Report of the King Institute of Preventive Medicine, Guindy
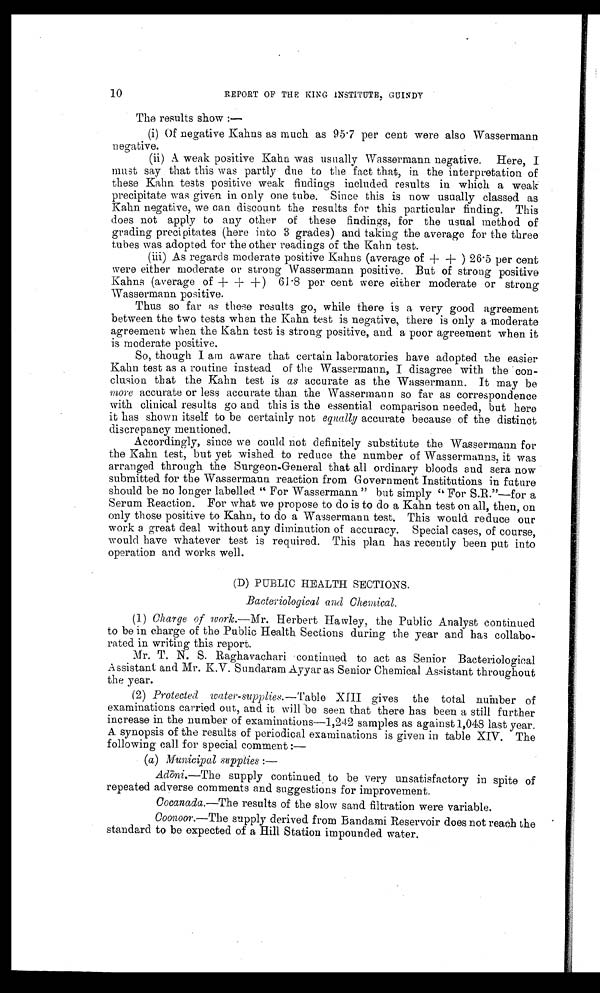
10
REPORT OF THE KING INSTITUTE GUINDY
The results show :—
(i) Of negative Kahns as much as 95.7 per cent were also Wassermann
negative.
(ii) A weak positive Kahn was usually Wassermann negative. Here, I
must say that this was partly due to the fact that, in the interpretation of
these Kahn tests positive weak findings included results in which a weak
precipitate was given in only one tube. Since this is now usually classed as
Kahn negative, we can discount the results for this particular finding. This
does not apply to any other of these findings, for the usual method of
grading precipitates (here into 3 grades) and taking the average for the three
tubes was adopted for the other readings of the Kahn test.
(iii) As regards moderate positive Kahns (average of + + ) 26.5 per cent
were either moderate or strong Wassermann positive. But of strong positive
Kahns (average of + +) 61.8 per cent were either moderate or strong
Wassermann positive.
Thus so far as these results go, while there is a very good agreement
between the two tests when the Kahn test is negative, there is only a moderate
agreement when the Kahn test is strong positive, and a poor agreement when it
is moderate positive.
So, though I am aware that certain laboratories have adopted the easier
Kahn test as a routine instead of the Wassermann, I disagree with the con
-clusion that the Kahn test is as accurate as the Wassermann. It may be
more accurate or less accurate than the Wassermann so far as correspondence
with clinical results go and this is the essential comparison needed, but here
it has shown itself to be certainly not equally accurate because of the distinct
discrepancy mentioned.
Accordingly, since we could not definitely substitute the Wassermann for
the Kahn test, but yet wished to reduce the number of Wassermanns, it was
arranged through the Surgeon-General that all ordinary bloods and sera now
submitted for the Wassermann reaction from Government Institutions in future
should be no longer labelled “ For Wassermann ” but simply “ For S.R.”—for a
Serum Reaction. For what we propose to do is to do a Kahn test on all, then, on
only those positive to Kahn, to do a Wassermann test. This would reduce our
work a great deal without any diminution of accuracy. Special cases, of course,
would have whatever test is required. This plan has recently been put into
operation and works well.
(D) PUBLIC HEALTH SECTIONS.
Bacteriological and Chemical.
(1)
Charge of work.— Mr. Herbert Hawley, the Public Analyst continued
to be in charge of the Public Health Sections during the year and has collabo-
rated in writing this report.
Mr. T. N. S. Raghavachari continued to act as Senior Bacteriological
Assistant and Mr. K.V. Sundaram Ayyar as Senior Chemical Assistant throughout
the year.
(2)
Protected water-supplies.— Table XIII gives the total number of
examinations carried out, and it will be seen that there has been a still further
increase in the number of examinations—1,242 samples as against 1,048 last year.
A synopsis of the results of periodical examinations is given in table XIV. The
following call for special comment :—
( a) Municipal supplies :—
Ad ō ni .—The supply continued to be very unsatisfactory in spite of
repeated adverse comments and suggestions for improvement.
Cocanada .—The results of the slow sand filtration were variable.
Coonoor. —The supply derived from Bandami Reservoir does not reach the
standard to be expected of a Hill Station impounded water.